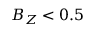
B _ { Z } < 0 . 5